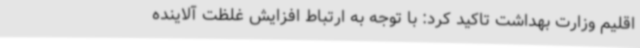
اقلیم وزارت بهداشت تاکید کرد: با توجه به ارتباط افزایش غلظت آلاینده